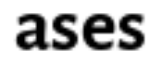
ases